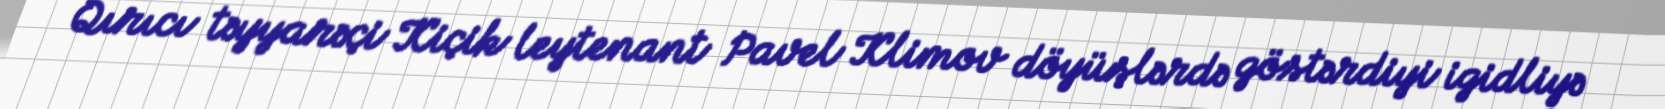
Qırıcı təyyarəçi Kiçik leytenant Pavel Klimov döyüşlərdə göstərdiyi igidliyə